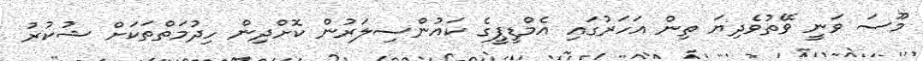
މޫސަ ވަނީ ވޭތުވެދިޔަ ތިން އަހަރުގައި އެމްޑީޕީގެ ކައުންސިލަރުން ކޮށްދިން ހިދުމަތްތަކަށް ޝުކުރު